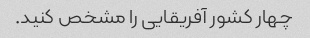
چهار کشور آفریقایی را مشخص کنید.